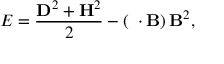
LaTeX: { \cal E } = \frac { { \bf D } ^ { 2 } + { \bf H } ^ { 2 } } { 2 } - \left( { \bf \theta } \cdot { \bf B } \right) { \bf B } ^ { 2 } ,